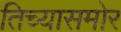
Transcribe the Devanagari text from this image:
तिच्यासमोर